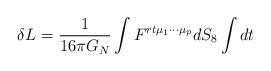
LaTeX: \begin{align*}\delta L ={1\over 16\pi G_N}\int F^{rt\mu_1\cdots\mu_p} dS_8 \int dt\end{align*}